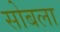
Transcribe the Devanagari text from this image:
सोबला